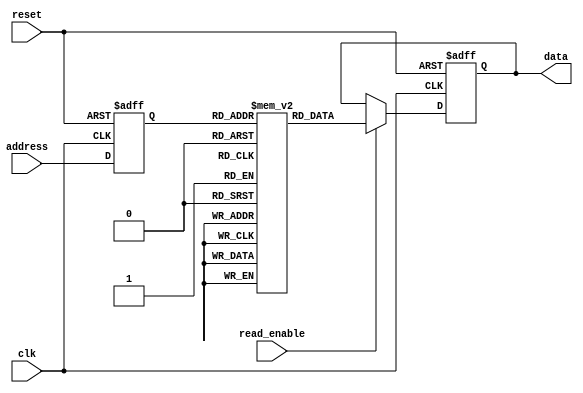
module FlashROM (
    input wire clk,
    input wire reset,
    input wire [7:0] address,
    input wire read_enable,
    output reg [7:0] data
);

// Memory block array
reg [7:0] memory [0:255];

// Decoder selecting memory block based on address
integer index;
always @(posedge clk or posedge reset) begin
    if (reset) begin
        index <= 0;
    end else begin
        index <= address;
    end
end

// Output interface retrieving data from selected memory block
always @(posedge clk or posedge reset) begin
    if (reset) begin
        data <= 8'b0;
    end else begin
        if (read_enable) begin
            data <= memory[index];
        end
    end
end

endmodule